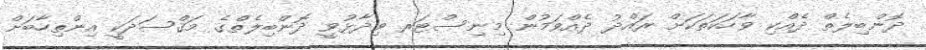
ދޮންބިލެތް ދެއްކި ވާހަކަތަކަށް ރައްދު ދެއްވަމުން މިނިސްޓަރ ވިދާޅުވީ ދޮންބިލެތްގެ މަޤްސަދަކީ އިންތިހާބަށް